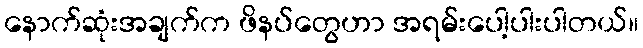
နောက်ဆုံးအချက်က ဖိနပ်တွေဟာ အရမ်းပေါ့ပါးပါတယ်။